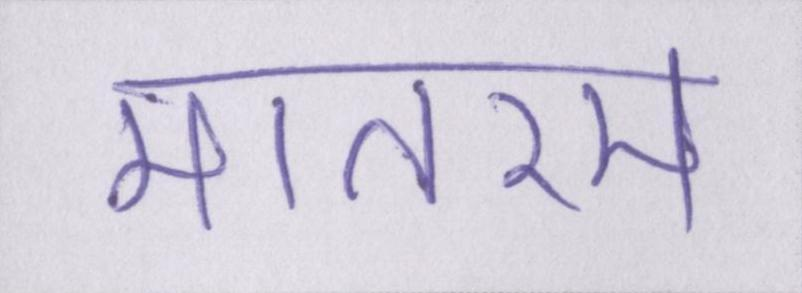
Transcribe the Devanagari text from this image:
मातरम